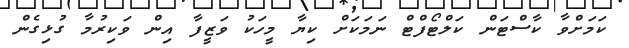
ކަމަށްވާ ކާސްޓަން ކަލްޓޯފްޓް ނަމަކަށް ކިޔާ މީހަކު ވަޒީފާ އިން ވަކިރުމާ ގުޅިގެން